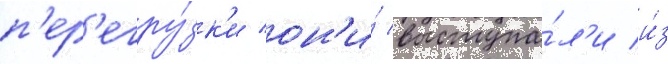
п'ер'егру́зк'и он'и́ выступа́л'и и́з